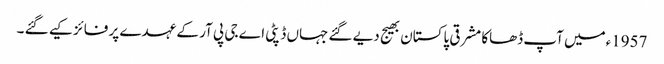
1957ءمیں آپ ڈھاکا مشرقی پاکستان بھیج دیے گئے جہاں ڈپٹی اے جی پی آر کے عہدے پر فائز کیے گئے ۔